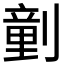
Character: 𠟍